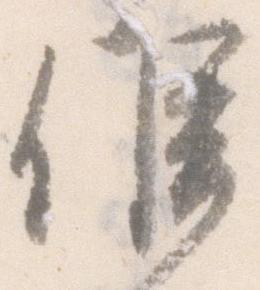
候